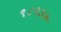
૧૮૨૩૭